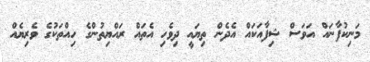
މަނިކުފާނައް އަވަސް ޝިފާއަކައް އެދެން ތިޔައީ ދިވެހި އެތައް ރައްޔިތުންގެ ހިއްތަކުގެ ވެރިޔެއް